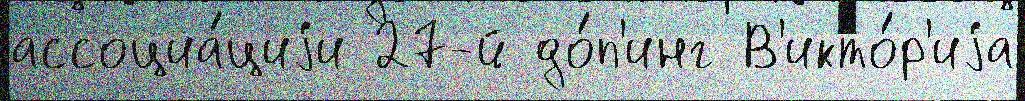
ассоциа́циjи 27-й до́п'инг В'икто́р'иjа